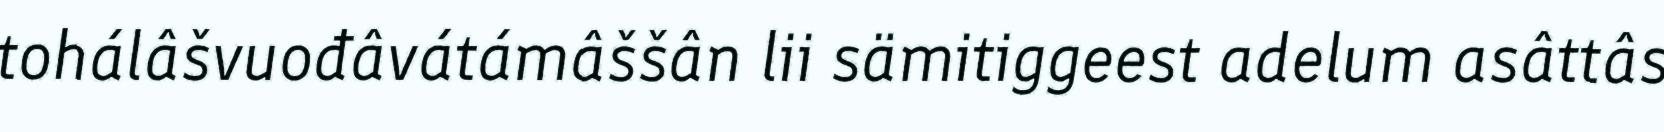
tohálâšvuođâvátámâššân lii sämitiggeest adelum asâttâs